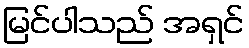
မြင်ပါသည် အရှင်